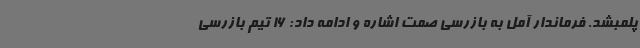
پلمبشد. فرماندار آمل به بازرسی صمت اشاره و ادامه داد: 16 تیم بازرسی